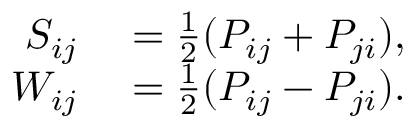
\begin{array} { r l } { S _ { i j } } & { { } = \frac 1 2 ( P _ { i j } + P _ { j i } ) , } \\ { W _ { i j } } & { { } = \frac 1 2 ( P _ { i j } - P _ { j i } ) . } \end{array}